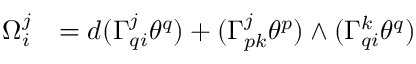
\begin{array} { l l } { \Omega _ { i } ^ { j } } & { = d ( \Gamma _ { q i } ^ { j } \theta ^ { q } ) + ( \Gamma _ { p k } ^ { j } \theta ^ { p } ) \wedge ( \Gamma _ { q i } ^ { k } \theta ^ { q } ) } \end{array}